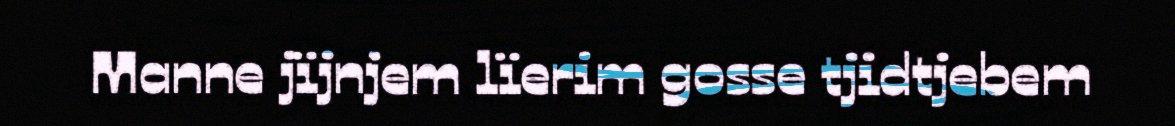
Manne jïjnjem lïerim gosse tjidtjebem